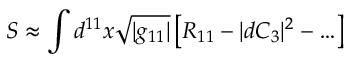
S \approx \int d ^ { 1 1 } x \sqrt { | g _ { 1 1 } | } \left[ R _ { 1 1 } - | d C _ { 3 } | ^ { 2 } - \ldots \right]